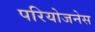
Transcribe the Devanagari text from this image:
परियोजनेस